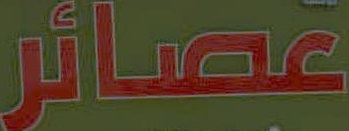
عصائر